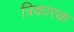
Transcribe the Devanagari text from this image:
त्रिकारक